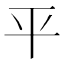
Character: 平